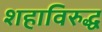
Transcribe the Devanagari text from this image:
शहाविरुद्ध